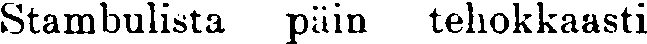
Stambulista päin tehokkaasti